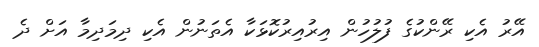
އޭރު އެކި ރޭންކުގެ ފުލުހުން އިރުއިރުކޮޅަކާ އެތަނުން އެކި ދިމަދިމާ އަށް ދެ